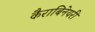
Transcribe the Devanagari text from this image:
कैराबिनेयरी